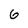
Character: 6